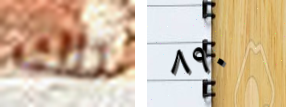
تلك ٨٩٠